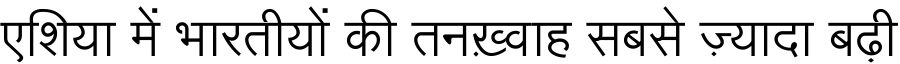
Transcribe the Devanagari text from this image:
एशिया में भारतीयों की तनख़्वाह सबसे ज़्यादा बढ़ी